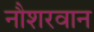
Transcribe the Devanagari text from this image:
नौशरवान